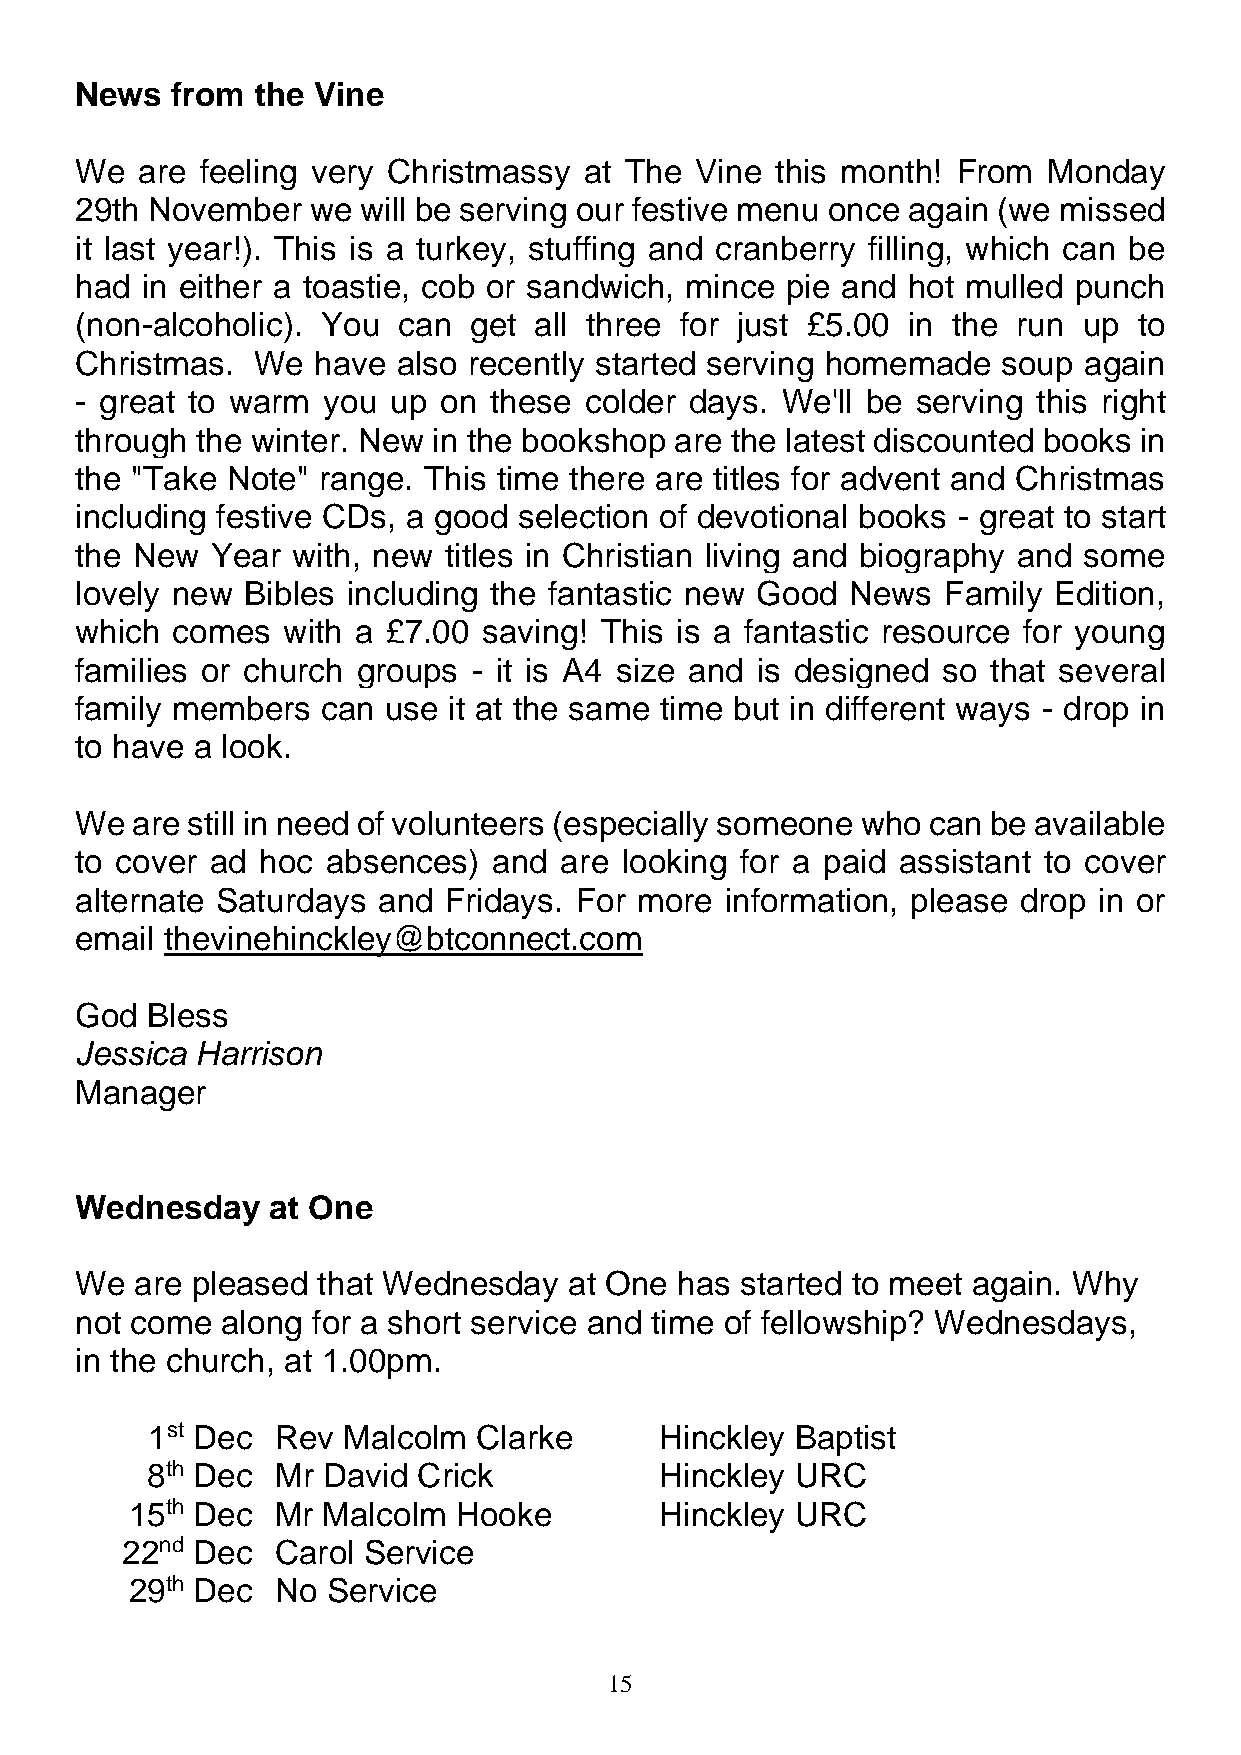
News  from  the Vine
 We  are feeling very Christmassy  at The Vine this month! From  Monday
 29th November   we will be serving our festive menu once again (we missed
 it last year!). This is a turkey, stuffing and cranberry filling, which can be
 had in either a toastie, cob or sandwich, mince pie and hot mulled punch
 (non-alcoholic). You can  get all three for just £5.00 in the run  up to
 Christmas.  We  have also recently started serving homemade  soup  again
 - great to warm you  up on these  colder days. We'll be serving this right
 through the winter. New in the bookshop are the latest discounted books in
 the "Take Note" range. This time there are titles for advent and Christmas
 including festive CDs, a good selection of devotional books - great to start
 the New  Year with, new titles in Christian living and biography and some
 lovely new Bibles including the fantastic new Good News  Family  Edition,
 which comes   with a £7.00 saving! This is a fantastic resource for young
 families or church groups - it is A4 size and is designed so that several
 family members  can use  it at the same time but in different ways - drop in
 to have a look.
 We  are still in need of volunteers (especially someone who can be available
 to cover ad hoc  absences)  and are looking for a paid assistant to cover
 alternate Saturdays and Fridays. For more  information, please drop in or
 email thevinehinckley@btconnect.com
 God  Bless
 Jessica Harrison
 Manager
 Wednesday    at One
 We  are pleased that Wednesday   at One has started to meet again. Why
 not come  along for a short service and time of fellowship? Wednesdays,
 in the church, at 1.00pm.
 1st Dec Rev  Malcolm  Clarke      Hinckley Baptist
 8th Dec Mr David  Crick           Hinckley URC
 15th Dec Mr Malcolm  Hooke         Hinckley URC
 22nd Dec  Carol Service
 29th Dec No  Service
 15